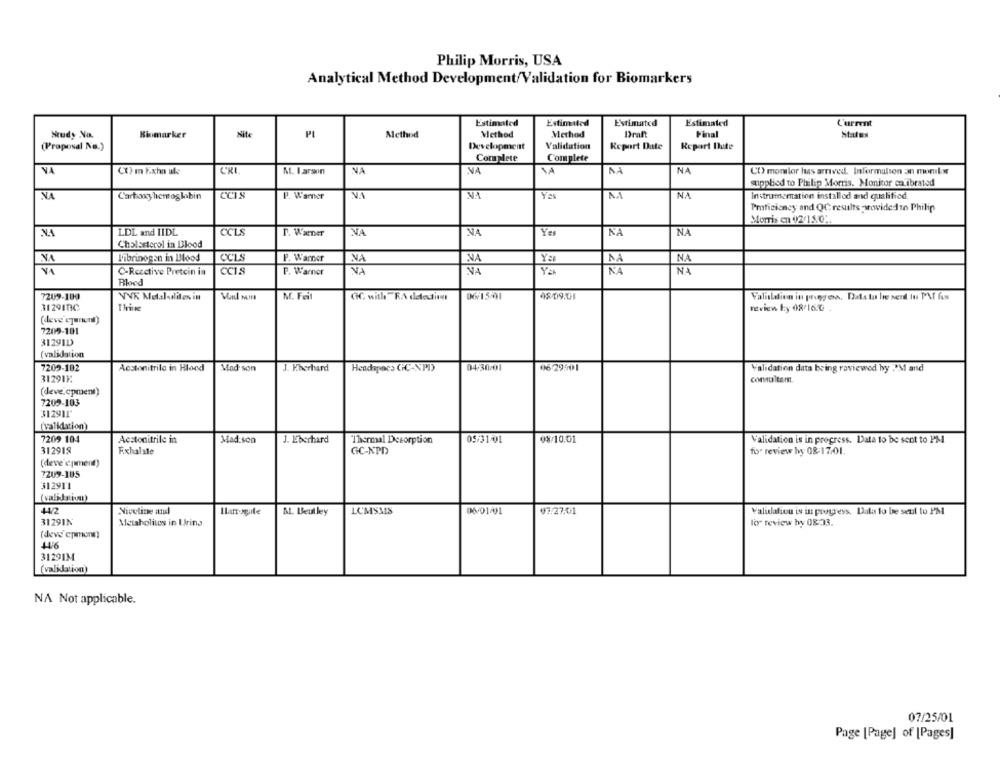
Philip Morris, USA
Analytical Method Development/Validation for Biomarkers
Estimated
Estimated
Estimated
Estimated
Current
Study No.
Biomarker
Nite
PL
Method
Method
Method
Draft
Final
States
Validation
Report Date
Report Dute
(Proposal No.)
Development
Complete
Complete
VA
CO m Exho ule
M. I arson
NA
NA
NA
NA
CO momlor has arrived. Information an moniba
applied to Philip Morris. Monitor calibrated
NA
Carboxyhemoglobin
CCIS
P. Warner
NA
NA
Yes
MA
NA
Instrumentation installed and qualified.
Proficiency and QC results -wowidedto Philip
Morris en 02/15.0 ..
LDL and LIDL
CCLS
P. Warner
NA
NA
NA
Cholesterol in Blood
NA
Fibrinogen in Blood
CCLS
F. Warner
NA
Ya
NA
NA
VA
C-Reactive Pretcin in
CCIS
P. Warner
VA
VA
YA
NA
NA
Bloed
7209-109
VVK Metaladliten in
M. Feil
GC with -RA detedin
06/15-1
48/09.01
Validation in progress. Data tu he serd tu PMI As
312917IC
review by 08/16.0 .
(deve epamont)
7209-101
31291D
( validation
7209-102
04-30/01
Aestonitrilo in Hlond
Mad son
J. Eberhard
Headspecs GC-NPI)
06 29501
Validation data being reviewed by PM and
312911.
consultam
(deve.cpment)
7209-103
312911'
(validation)
7209 104
Aestonitrile in
Mad.son
J. Eberhard
Thermal Desorption
05-31/01
08/10.01
Validation is in progress. Data to be sent to PM
312918
GC-NPD
fis" review hy 08-17.01.
Fxhalste
(deve'epiment)
7209-105
312911
442
Nicotine attul
LUMSMS
06-01401
07/27.01
Validation is in progress. Data to be sent to PM
At. Beutley
3129IN
Metabolites in Urina
Ity review by 0823.
(deve cpmonn)
446
31291M
(validation)
NA Not applicable.
07/25/01
Page [Page] of [Pages]